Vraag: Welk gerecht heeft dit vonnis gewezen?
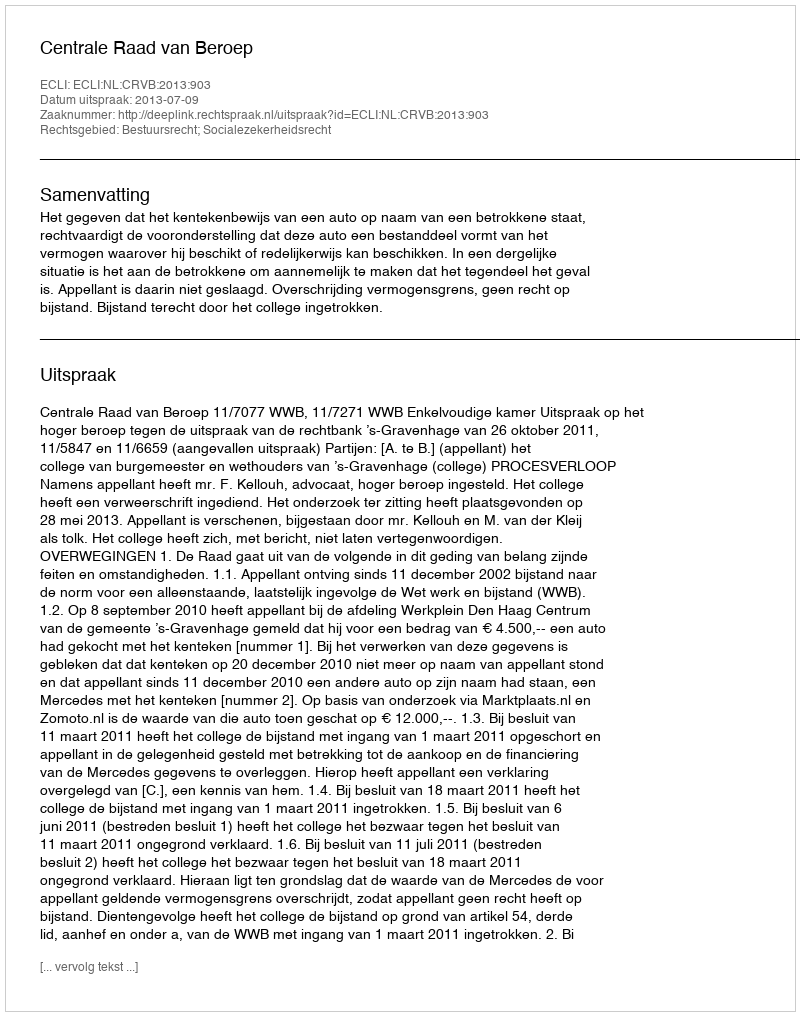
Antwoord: Centrale Raad van Beroep